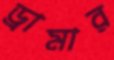
ড্রামার